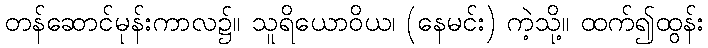
တန်ဆောင်မုန်းကာလ၌။ သူရိယောဝိယ၊ (နေမင်း) ကဲ့သို့။ ထက်၍ထွန်း